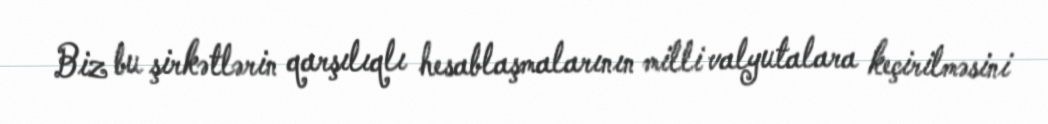
Biz bu şirkətlərin qarşılıqlı hesablaşmalarının milli valyutalara keçirilməsini